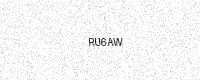
Text: RU6AW